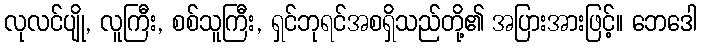
လုလင်ပျို, လူကြီး, စစ်သူကြီး, ရှင်ဘုရင်အစရှိသည်တို့၏ အပြားအားဖြင့်။ ဘေဒေါ